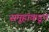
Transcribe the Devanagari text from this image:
समूहांकडून